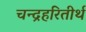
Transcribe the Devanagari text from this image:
चन्द्रहरितीर्थ